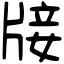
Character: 𤗈